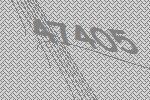
47405